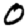
Digit: 0